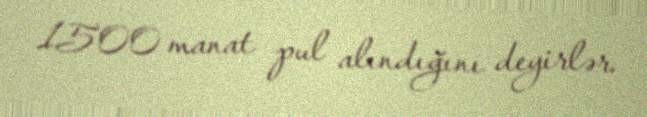
1500 manat pul alındığını deyirlər.